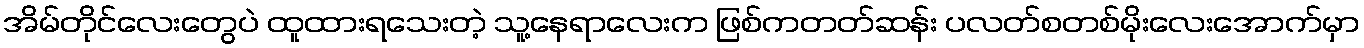
အိမ်တိုင်လေးတွေပဲ ထူထားရသေးတဲ့ သူ့နေရာလေးက ဖြစ်ကတတ်ဆန်း ပလတ်စတစ်မိုးလေးအောက်မှာ